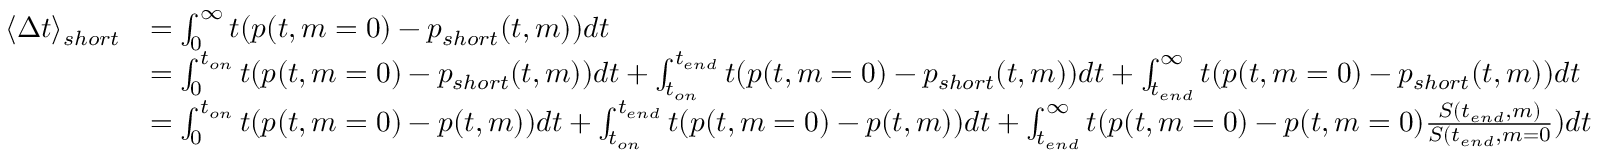
\begin{array} { r l } { \langle \Delta t \rangle _ { s h o r t } } & { = \int _ { 0 } ^ { \infty } t ( p ( t , m = 0 ) - p _ { s h o r t } ( t , m ) ) d t } \\ & { = \int _ { 0 } ^ { t _ { o n } } t ( p ( t , m = 0 ) - p _ { s h o r t } ( t , m ) ) d t + \int _ { t _ { o n } } ^ { t _ { e n d } } t ( p ( t , m = 0 ) - p _ { s h o r t } ( t , m ) ) d t + \int _ { t _ { e n d } } ^ { \infty } t ( p ( t , m = 0 ) - p _ { s h o r t } ( t , m ) ) d t } \\ & { = \int _ { 0 } ^ { t _ { o n } } t ( p ( t , m = 0 ) - p ( t , m ) ) d t + \int _ { t _ { o n } } ^ { t _ { e n d } } t ( p ( t , m = 0 ) - p ( t , m ) ) d t + \int _ { t _ { e n d } } ^ { \infty } t ( p ( t , m = 0 ) - p ( t , m = 0 ) \frac { S ( t _ { e n d } , m ) } { S ( t _ { e n d } , m = 0 } ) d t } \end{array}